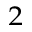
_ { 2 }